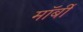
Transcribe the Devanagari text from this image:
मॉर्बी